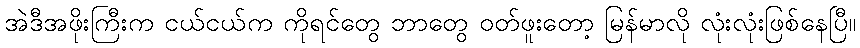
အဲဒီအဖိုးကြီးက ငယ်ငယ်က ကိုရင်တွေ ဘာတွေ ဝတ်ဖူးတော့ မြန်မာလို လုံးလုံးဖြစ်နေပြီ။